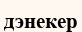
дэнекер